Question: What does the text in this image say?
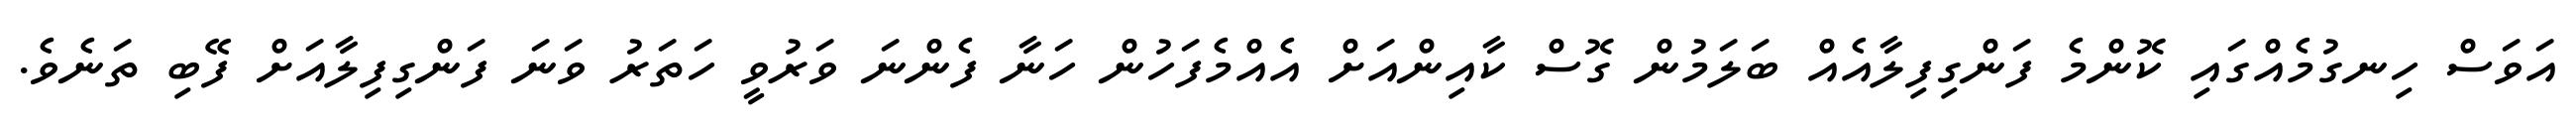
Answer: އަވަސް ހިނގުމެއްގައި ކޮންމެ ފަންގިފިލާއެއް ބަލަމުން ގޮސް ކާއިންއަށް އެއްމެފަހުން ހަނާ ފެންނަ ވަރުވީ ހަތަރު ވަނަ ފަންގިފިލާއަށް ފޭބި ތަނެވެ.